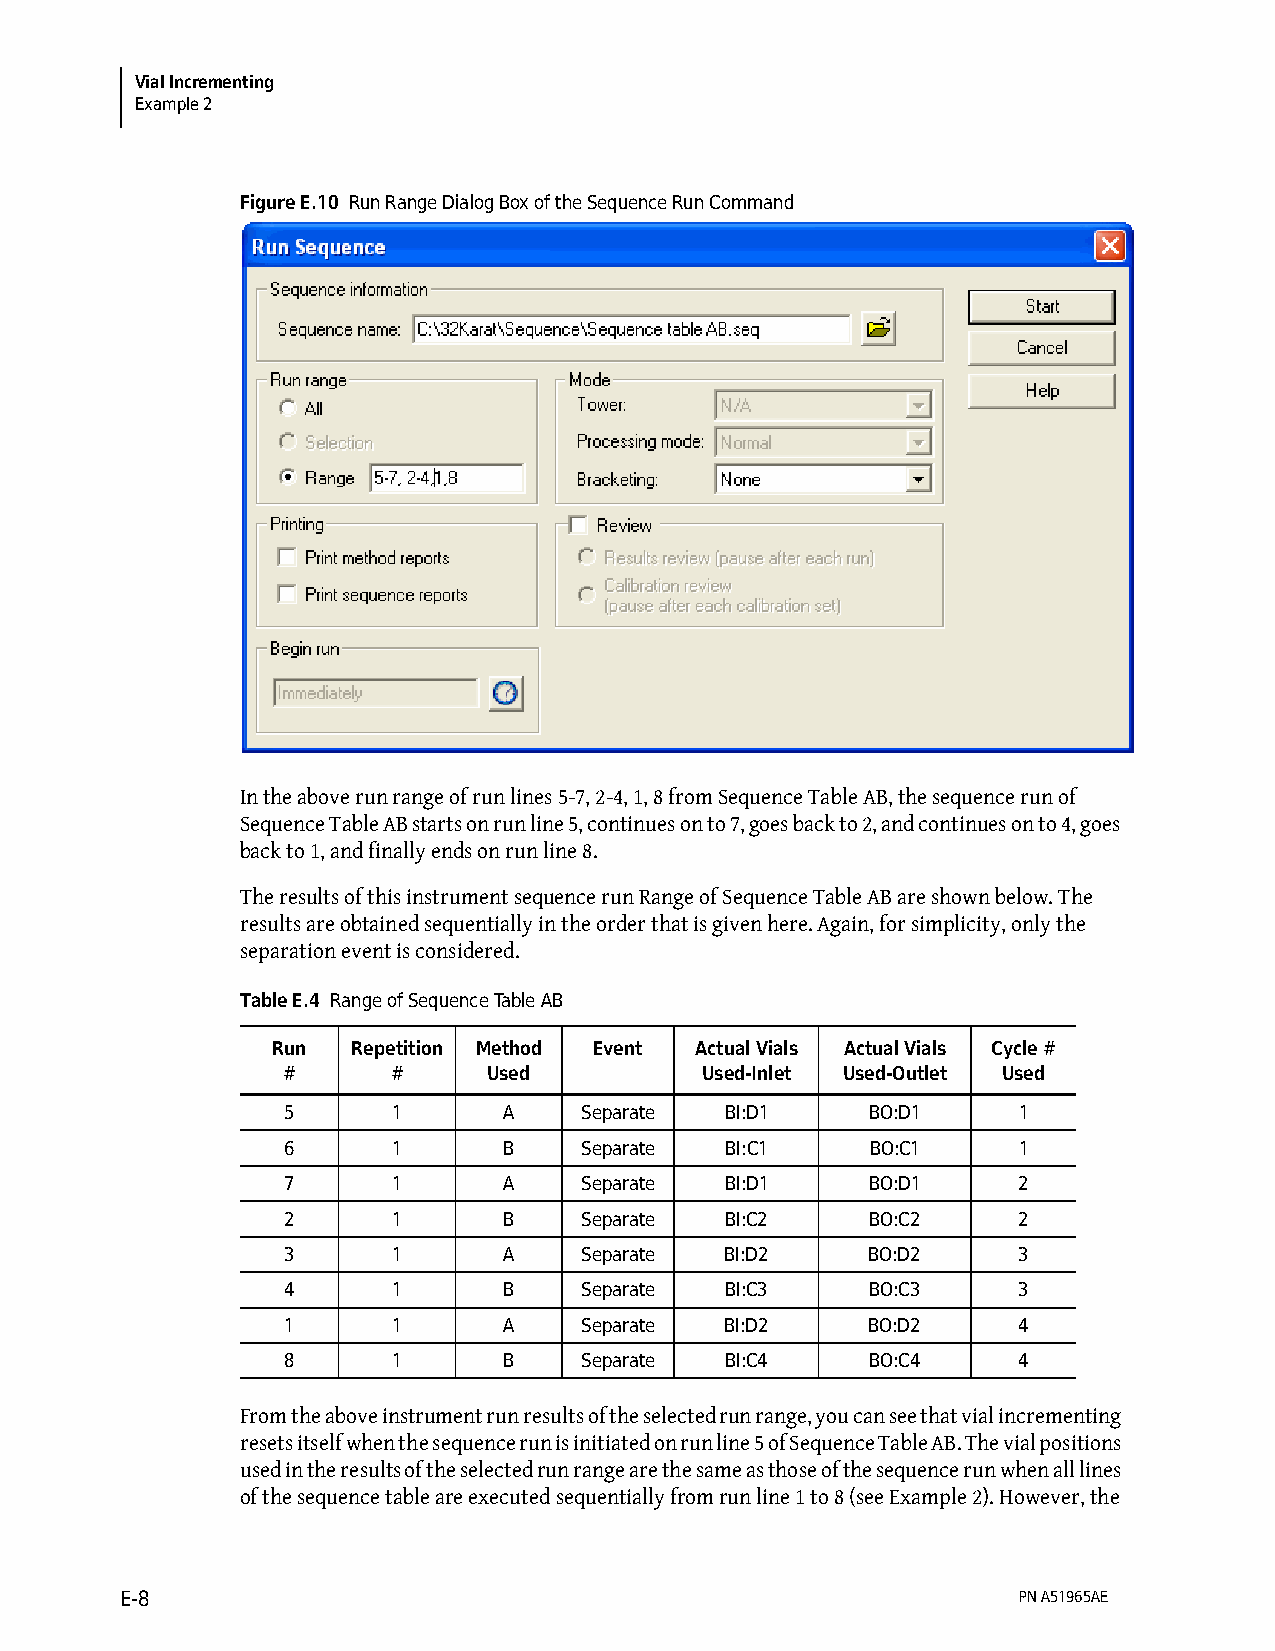
Vial Incrementing
 Example 2
 Figure E.10 Run Range Dialog Box of the Sequence Run Command
 In the above run range of run lines 5-7, 2-4, 1, 8 from Sequence Table AB, the sequence run of
 Sequence Table AB starts on run line 5, continues on to 7, goes back to 2, and continues on to 4, goes
 back to 1, and finally ends on run line 8.
 The results of this instrument sequence run Range of Sequence Table AB are shown below. The
 results are obtained sequentially in the order that is given here. Again, for simplicity, only the
 separation event is considered.
 Table E.4 Range of Sequence Table AB
 Run  Repetition Method Event Actual Vials Actual Vials Cycle #
 #      #     Used          Used-Inlet Used-Outlet Used
 5      1      A    Separate  BI:D1     BO:D1    1
 6      1      B    Separate  BI:C1     BO:C1    1
 7      1      A    Separate  BI:D1     BO:D1    2
 2      1      B    Separate  BI:C2     BO:C2    2
 3      1      A    Separate  BI:D2     BO:D2    3
 4      1      B    Separate  BI:C3     BO:C3    3
 1      1      A    Separate  BI:D2     BO:D2    4
 8      1      B    Separate  BI:C4     BO:C4    4
 From the above instrument run results of the selected run range, you can see that vial incrementing
 resets itself when the sequence run is initiated on run line 5 of Sequence Table AB. The vial positions
 used in the results of the selected run range are the same as those of the sequence run when all lines
 of the sequence table are executed sequentially from run line 1 to 8 (see Example 2). However, the
 E-8                                                        PN A51965AE